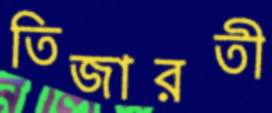
তিজারতী